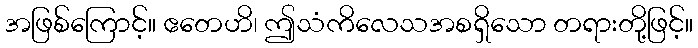
အဖြစ်ကြောင့်။ ဧတေဟိ၊ ဤသံကိလေသအစရှိသော တရားတို့ဖြင့်။